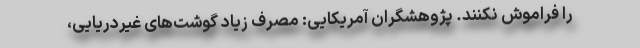
را فراموش نکنند. پژوهشگران آمریکایی: مصرف زیاد گوشت‌های غیردریایی،